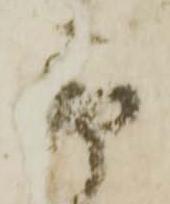
市